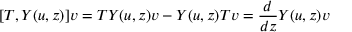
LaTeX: [ T , Y ( u , z ) ] v = T Y ( u , z ) v - Y ( u , z ) T v = { \frac { d } { d z } } Y ( u , z ) v